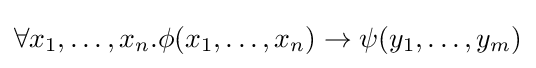
\forall x_{1},\ldots ,x_{n}.\phi (x_{1},\ldots ,x_{n})\rightarrow \psi (y_{1},\ldots ,y_{m})